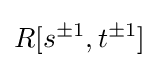
R[s^{\pm 1},t^{\pm 1}]